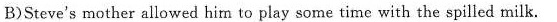
B)Steve's mother allowed him to play some time with the spilled milk.